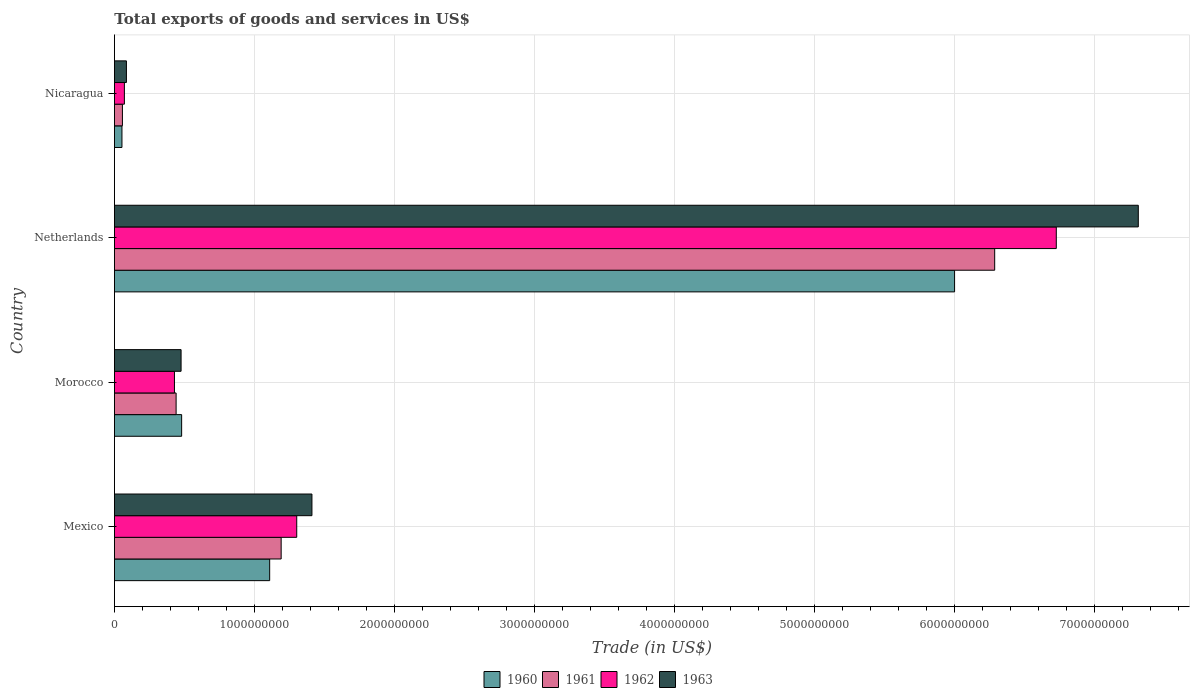
| Country | 1960 | 1961 | 1962 | 1963 |
 | --- | --- | --- | --- | --- |
 | Mexico | 1.11e+09 | 1.19e+09 | 1.3e+09 | 1.41e+09 |
 | Morocco | 4.8e+08 | 4.41e+08 | 4.29e+08 | 4.76e+08 |
 | Netherlands | 6e+09 | 6.29e+09 | 6.73e+09 | 7.32e+09 |
 | Nicaragua | 5.37e+07 | 5.71e+07 | 7.12e+07 | 8.57e+07 |